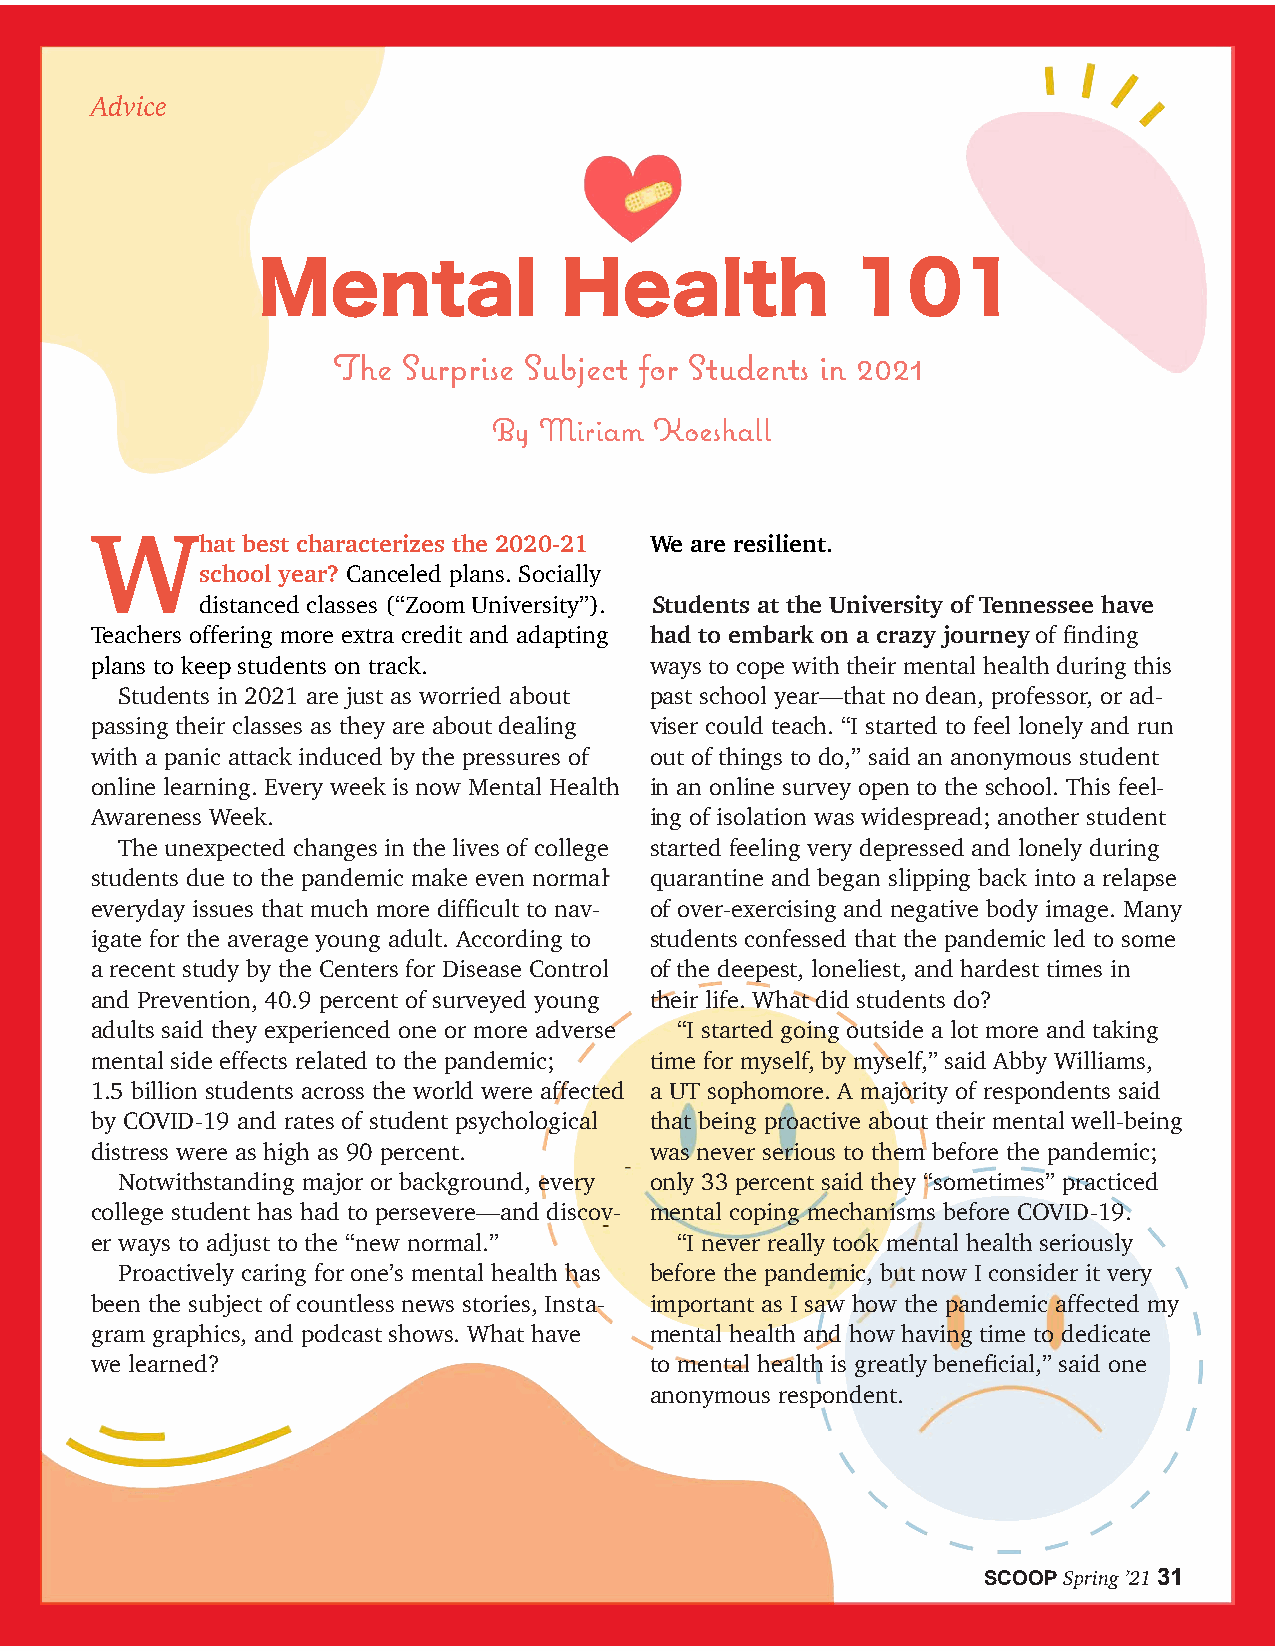
Advice
 Mental              Health             101
 The  Surprise Subject for Students in 2021
 By Miriam Koeshall
 W
 hat best characterizes the 2020-21 We are resilient.
 school year? Canceled plans. Socially
 distanced classes (“Zoom University”). Students at the University of Tennessee have
 Teachers offering more extra credit and adapting had to embark on a crazy journey of finding
 plans to keep students on track.     ways to cope with their mental health during this
 Students in 2021 are just as worried about past school year—that no dean, professor, or ad-
 passing their classes as they are about dealing viser could teach. “I started to feel lonely and run
 with a panic attack induced by the pressures of out of things to do,” said an anonymous student
 online learning. Every week is now Mental Health in an online survey open to the school. This feel-
 Awareness Week.                      ing of isolation was widespread; another student
 The unexpected changes in the lives of college started feeling very depressed and lonely during
 students due to the pandemic make even normal quarantine and began slipping back into a relapse
 everyday issues that much more difficult to nav- of over-exercising and negative body image. Many
 igate for the average young adult. According to students confessed that the pandemic led to some
 a recent study by the Centers for Disease Control of the deepest, loneliest, and hardest times in
 and Prevention, 40.9 percent of surveyed young their life. What did students do?
 adults said they experienced one or more adverse “I started going outside a lot more and taking
 mental side effects related to the pandemic; time for myself, by myself,” said Abby Williams,
 1.5 billion students across the world were affected a UT sophomore. A majority of respondents said
 by COVID-19 and rates of student psychological that being proactive about their mental well-being
 distress were as high as 90 percent. was never serious to them before the pandemic;
 Notwithstanding major or background, every only 33 percent said they “sometimes” practiced
 college student has had to persevere—and discov- mental coping mechanisms before COVID-19.
 er ways to adjust to the “new normal.” “I never really took mental health seriously
 Proactively caring for one’s mental health has before the pandemic, but now I consider it very
 been the subject of countless news stories, Insta- important as I saw how the pandemic affected my
 gram graphics, and podcast shows. What have mental health and how having time to dedicate
 we learned?                          to mental health is greatly beneficial,” said one
 anonymous respondent.
 SCOOP Spring ’21 31